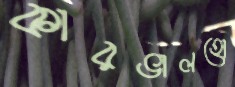
কারভালহো